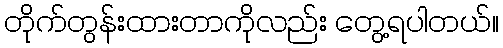
တိုက်တွန်းထားတာကိုလည်း တွေ့ရပါတယ်။